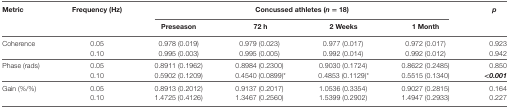
| <ROWSPAN=2> Metric | <ROWSPAN=2> Frequency (Hz) | <COLSPAN=4> Concussed athletes (n = 18) | <ROWSPAN=2> p |
 | Preseason | 72 h | 2 Weeks | 1 Month |
 | --- | --- | --- | --- | --- | --- | --- |
 | <ROWSPAN=2> Coherence | 0.05 | 0.978 (0.019) | 0.979 (0.023) | 0.977 (0.017) | 0.972 (0.017) | 0.923 |
 | 0.10 | 0.995 (0.003) | 0.995 (0.005) | 0.992 (0.014) | 0.992 (0.012) | 0.942 |
 | <ROWSPAN=2> Phase (rads) | 0.05 | 0.8911 (0.1962) | 0.8984 (0.2300) | 0.9030 (0.1724) | 0.8622 (0.2485) | 0.850 |
 | 0.10 | 0.5902 (0.1209) | 0.4540 (0.0899)* | 0.4853 (0.1129)* | 0.5515 (0.1340) | <0.001 |
 | <ROWSPAN=2> Gain (%/%) | 0.05 | 0.8913 (0.2012) | 0.9137 (0.2017) | 1.0536 (0.3354) | 0.9027 (0.2815) | 0.164 |
 | 0.10 | 1.4725 (0.4126) | 1.3467 (0.2560) | 1.5399 (0.2902) | 1.4947 (0.2933) | 0.227 |